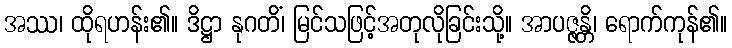
အဿ၊ ထိုရဟန်း၏။ ဒိဋ္ဌာ နုဂတိံ၊ မြင်သဖြင့်အတုလိုခြင်းသို့။ အာပဇ္ဇန္တိ၊ ရောက်ကုန်၏။